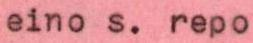
eino s. repo